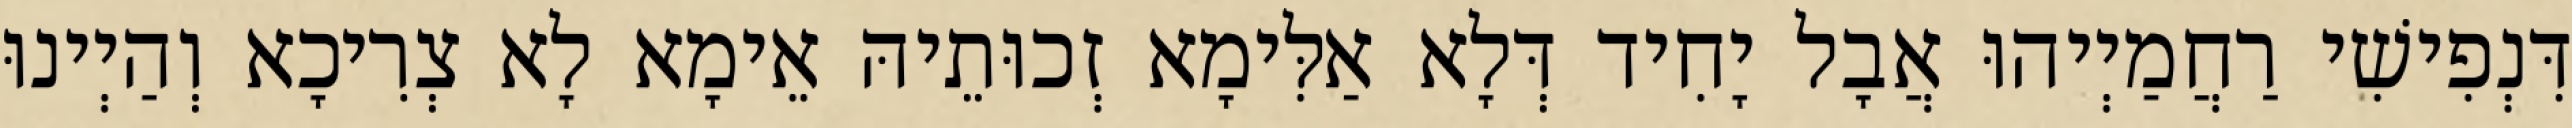
דִּנְפִישִׁי רַחֲמַיְיהוּ אֲבָל יָחִיד דְּלָא אַלִּימָא זְכוּתֵיהּ אֵימָא לָא צְרִיכָא וְהַיְינוּ